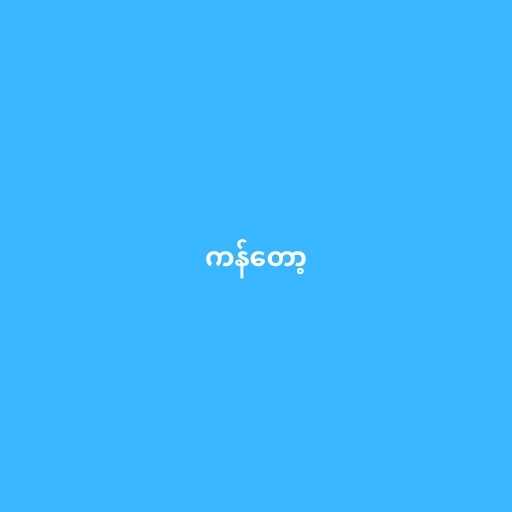
ကန်တော့